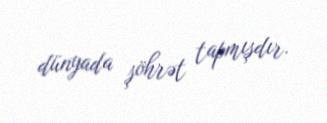
dünyada şöhrət tapmışdır.